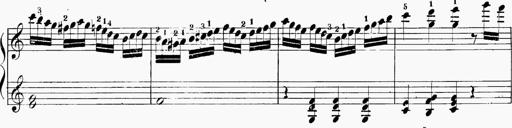
Title: 6 Sonatinas
Composer: Carl Reinecke